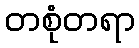
တစုံတရာ